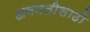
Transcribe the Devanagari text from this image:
अवनतीसाठी